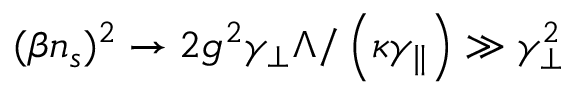
( \beta n _ { s } ) ^ { 2 } \to 2 g ^ { 2 } \gamma _ { \perp } \Lambda / \left( \kappa \gamma _ { \parallel } \right) \gg \gamma _ { \perp } ^ { 2 }